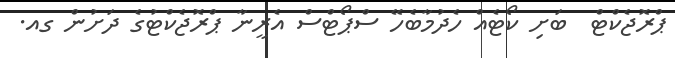
ޕްރޮޖެކްޓް  ބަށި ކޯޓެއް ހެދުމާބެހޭ ސްޕޯޓްސް އެރީނާ ޕްރޮޖެކްޓުގެ ދަށުން ގއ.